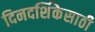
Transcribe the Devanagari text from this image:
दिनदर्शिकेसाठी